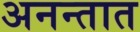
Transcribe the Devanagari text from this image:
अनन्तात